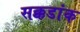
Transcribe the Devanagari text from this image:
सक्कडांक